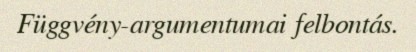
Függvény-argumentumai felbontás.